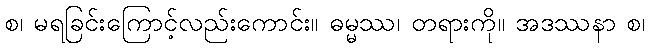
စ၊ မရခြင်းကြောင့်လည်းကောင်း။ ဓမ္မဿ၊ တရားကို။ အဒဿနာ စ၊